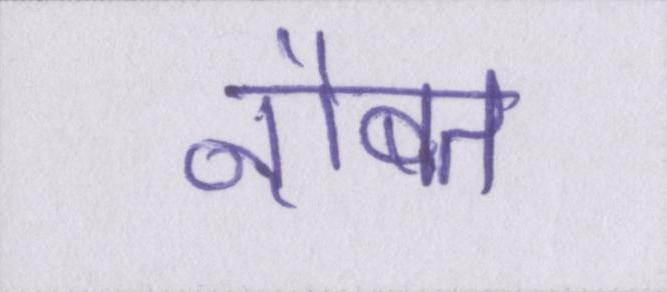
नौबत